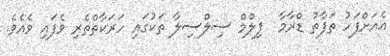
އެއަށްފަހު ތަފާތު ޑްރާމާ  ފިލްމް ސިލްސިލާ ތަކުގައި ހަރަކާތްތެރި ވެފައި ވެއެވެ.